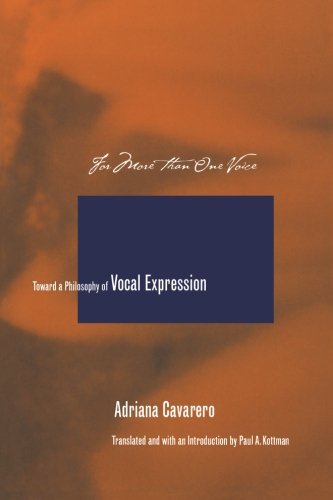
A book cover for For More than One Voice: Toward a Philosophy of Vocal Expression; Adriana Cavarero; Reference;